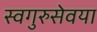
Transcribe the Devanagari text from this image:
स्वगुरुसेवया